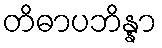
တိဓာပဘိန္နာ